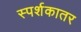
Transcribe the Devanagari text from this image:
स्पर्शकातर